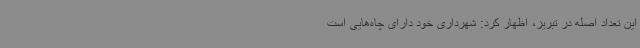
این تعداد اصله در تبریز، اظهار کرد: شهرداری خود دارای چاه‌هایی است